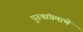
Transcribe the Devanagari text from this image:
पुरूषांप्रमाणे